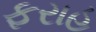
ફરાહ